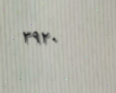
٣٩٢٠